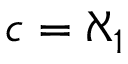
{ \mathfrak { c } } = \aleph _ { 1 }